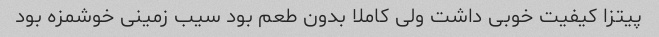
پیتزا کیفیت خوبی داشت ولی کاملا بدون طعم بود سیب زمینی خوشمزه بود